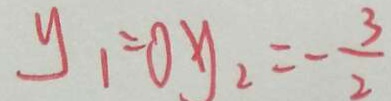
y _ { 1 } = 0 y _ { 2 } = - \frac { 3 } { 2 }